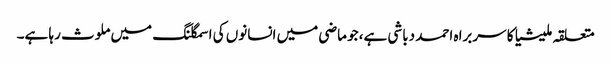
متعلقہ ملیشیا کا سربراہ احمد دباشی ہے، جو ماضی میں انسانوں کی اسمگلنگ میں ملوث رہا ہے۔